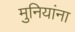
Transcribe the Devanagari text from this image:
मुनियांना